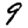
Digit: 9